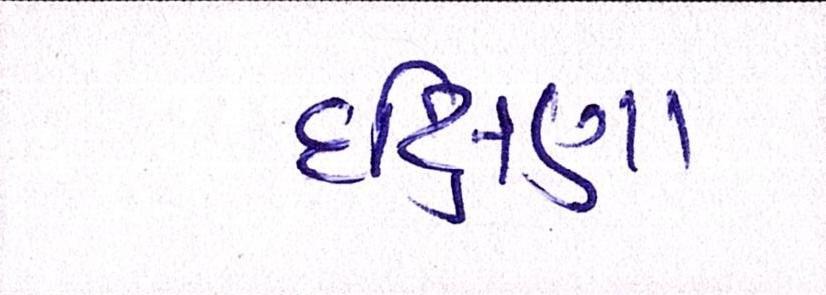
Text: દક્ષિણા